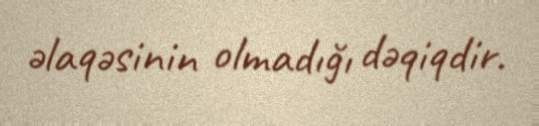
əlaqəsinin olmadığı dəqiqdir.